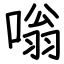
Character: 嗡